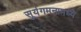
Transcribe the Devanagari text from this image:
सूर्यगमनामध्ये